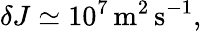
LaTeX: \delta J\simeq 10^{7}\, \mathrm{m}^{2}\, \mathrm{s}^{-1},